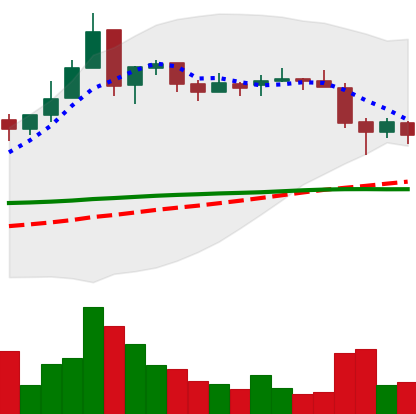
Ticker: EOS-USD
Chart end date: 2018-05-14
Forward return: -6.111%
Label: down_5_7